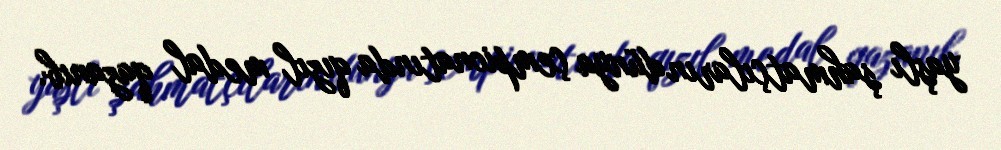
yaşlı şahmatçıların dünya çempionatında qızıl medal qazanıb.